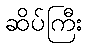
ဆိပ်ကြီး